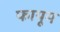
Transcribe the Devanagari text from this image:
फायूम